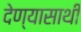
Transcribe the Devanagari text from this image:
देण्यासाथी